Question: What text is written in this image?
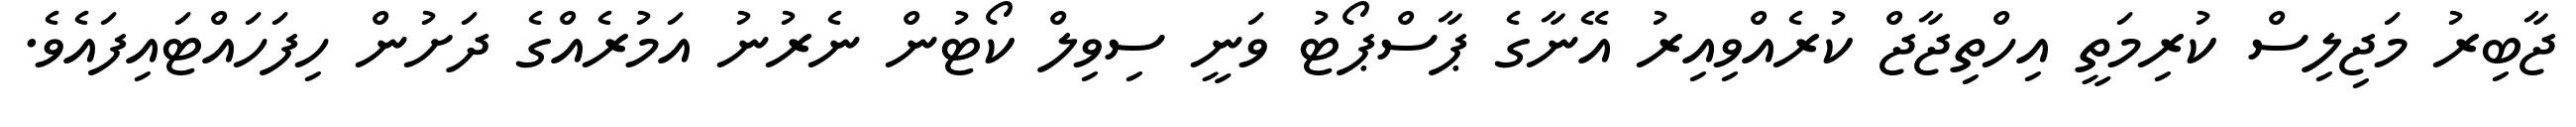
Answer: ޖާބިރު މަޖިލިސް ކުރިމަތީ އިހްތިޖާޖް ކުރެއްވިއިރު އޭނާގެ ޕާސްޕޯޓު ވަނީ ސިވިލް ކޯޓުން ނެރުނު އަމުރެއްގެ ދަށުން ހިފަހައްޓައިފައެވެ.